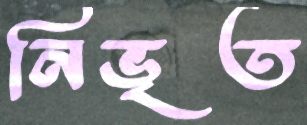
নিভৃত